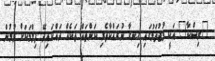
"ވިޝްކާ" އަކީ މުޖުތަމުގައި ހިނގާ ނުރައްކާތެރި ކަންތައް ތަކެއް ދައްކައިދޭ ފިލްމަަކަށް ވުމުން